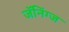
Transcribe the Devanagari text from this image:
जॅनिंग्ज